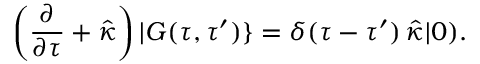
\left( \frac { \partial } { \partial \tau } + \hat { \kappa } \right) | G ( \tau , \tau ^ { \prime } ) \} = \delta ( \tau - \tau ^ { \prime } ) \, \hat { \kappa } | 0 ) .